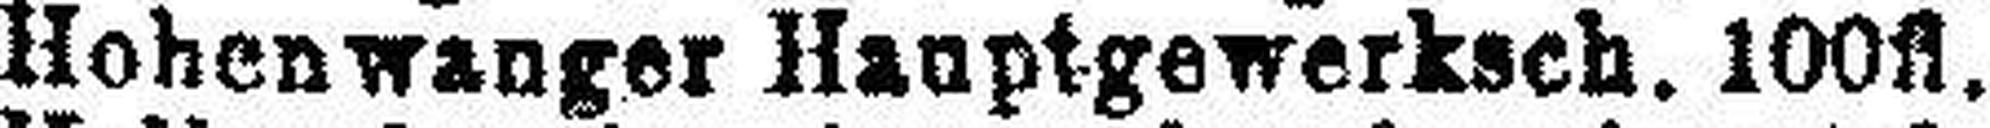
Hohenwanger Hauptgewerksch. 100fl.